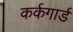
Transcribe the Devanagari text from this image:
कर्कगार्ड